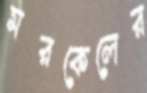
মরকেলের